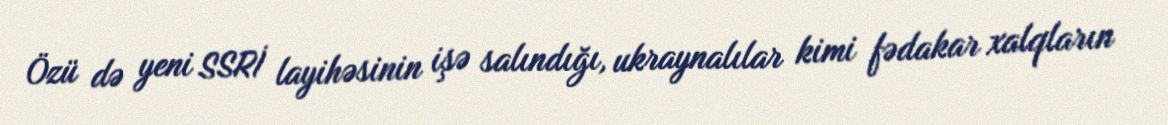
Özü də yeni SSRİ layihəsinin işə salındığı, ukraynalılar kimi fədakar xalqların